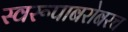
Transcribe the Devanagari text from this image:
स्वरूपाबरोबरच